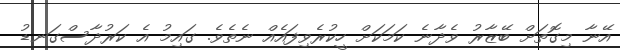
އޭނާ މިގޮތަށް ބޭޒާރު ވެދާނެ ކަމަކަށް ހީކުރެވިފައެއް ނެތެވެ. ގައިމު އެ ކަރުދާސްގަނޑު